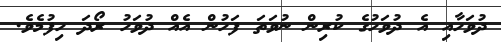
ދުވަހާއި އެ ދުވަހުގެ ކުރިން ނުވަތަ ފަހުން އެއް ދުވަހު ރޯދަ ހިފުމެވެ.